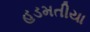
હડમતીયા